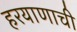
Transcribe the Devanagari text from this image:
हरयाणाची